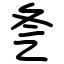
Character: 㐑